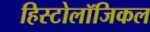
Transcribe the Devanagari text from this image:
हिस्टोलॉजिकल